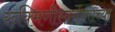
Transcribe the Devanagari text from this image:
रुक्मिणीस्वयंवराच्या